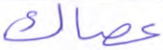
عصاك